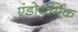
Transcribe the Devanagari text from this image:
एंडोथर्मिक